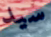
سيد